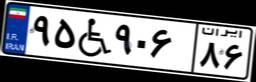
۹۵W۹۰۶۸۶